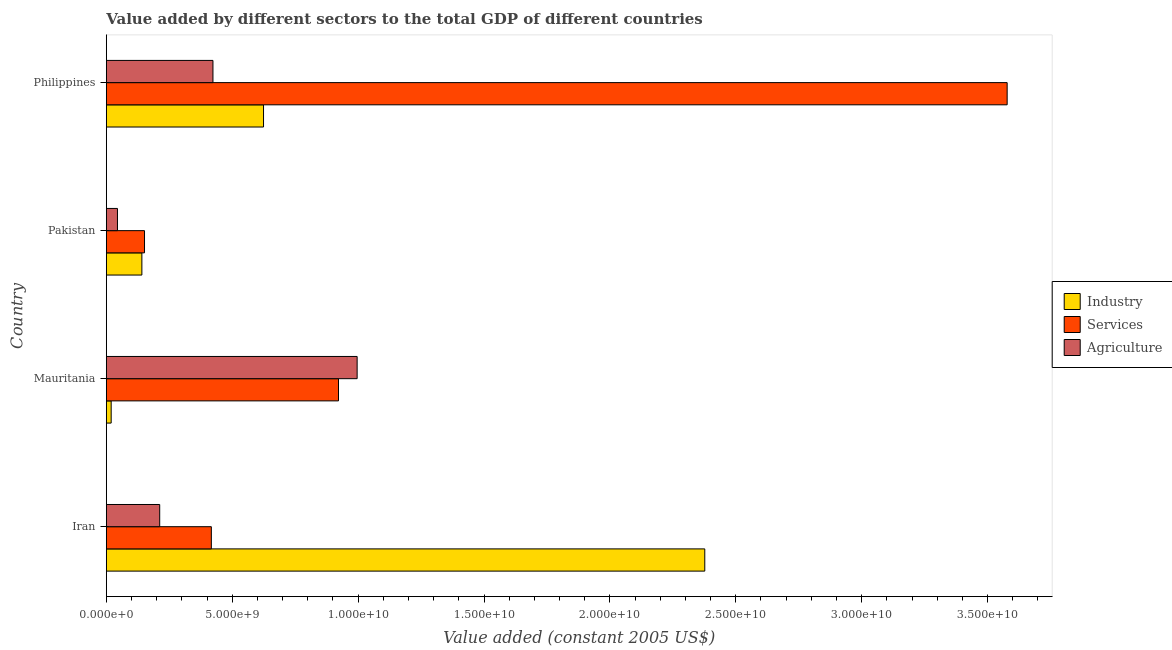
| Country | Industry | Services | Agriculture |
 | --- | --- | --- | --- |
 | Iran | 2.38e+10 | 4.17e+09 | 2.12e+09 |
 | Mauritania | 1.92e+08 | 9.22e+09 | 9.96e+09 |
 | Pakistan | 1.41e+09 | 1.52e+09 | 4.42e+08 |
 | Philippines | 6.24e+09 | 3.58e+10 | 4.23e+09 |